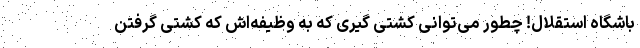
باشگاه استقلال! چطور می‌توانی کشتی گیری که به وظیفه‌اش که کشتی گرفتن